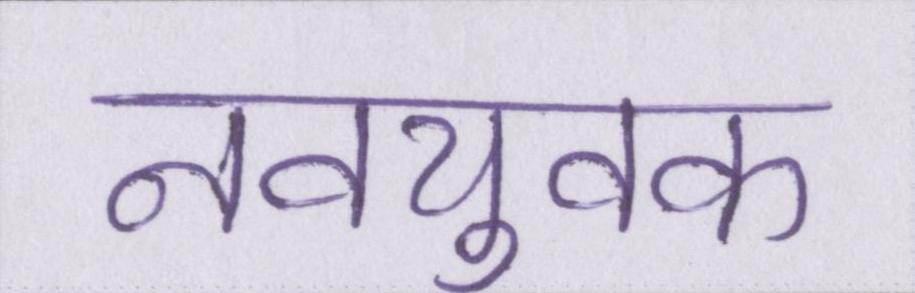
नवयुवक